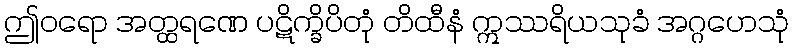
ဤဝရော အတ္ထရဏေ ပဋိက္ခိပိတုံ တိထီနံ ဣဿရိယသုခံ အဂ္ဂဟေသုံ